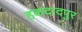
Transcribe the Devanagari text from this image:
हकदादपुर